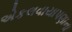
એકલવાયાપણાના